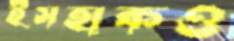
ইসহাকও